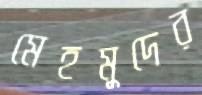
মেহমুদের